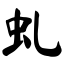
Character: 虬